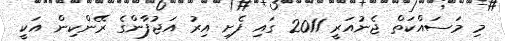
މި މަސައްކަތް ޖެނުއަރީ 2011 ގައި ފެށި އިރު އަޖުފާންގެ ރޭންކިން އަކީ